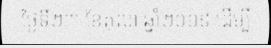
ថ្ងៃទី២៣ ខែតុលា ឆ្នាំ២០១៩ ដើម្បី